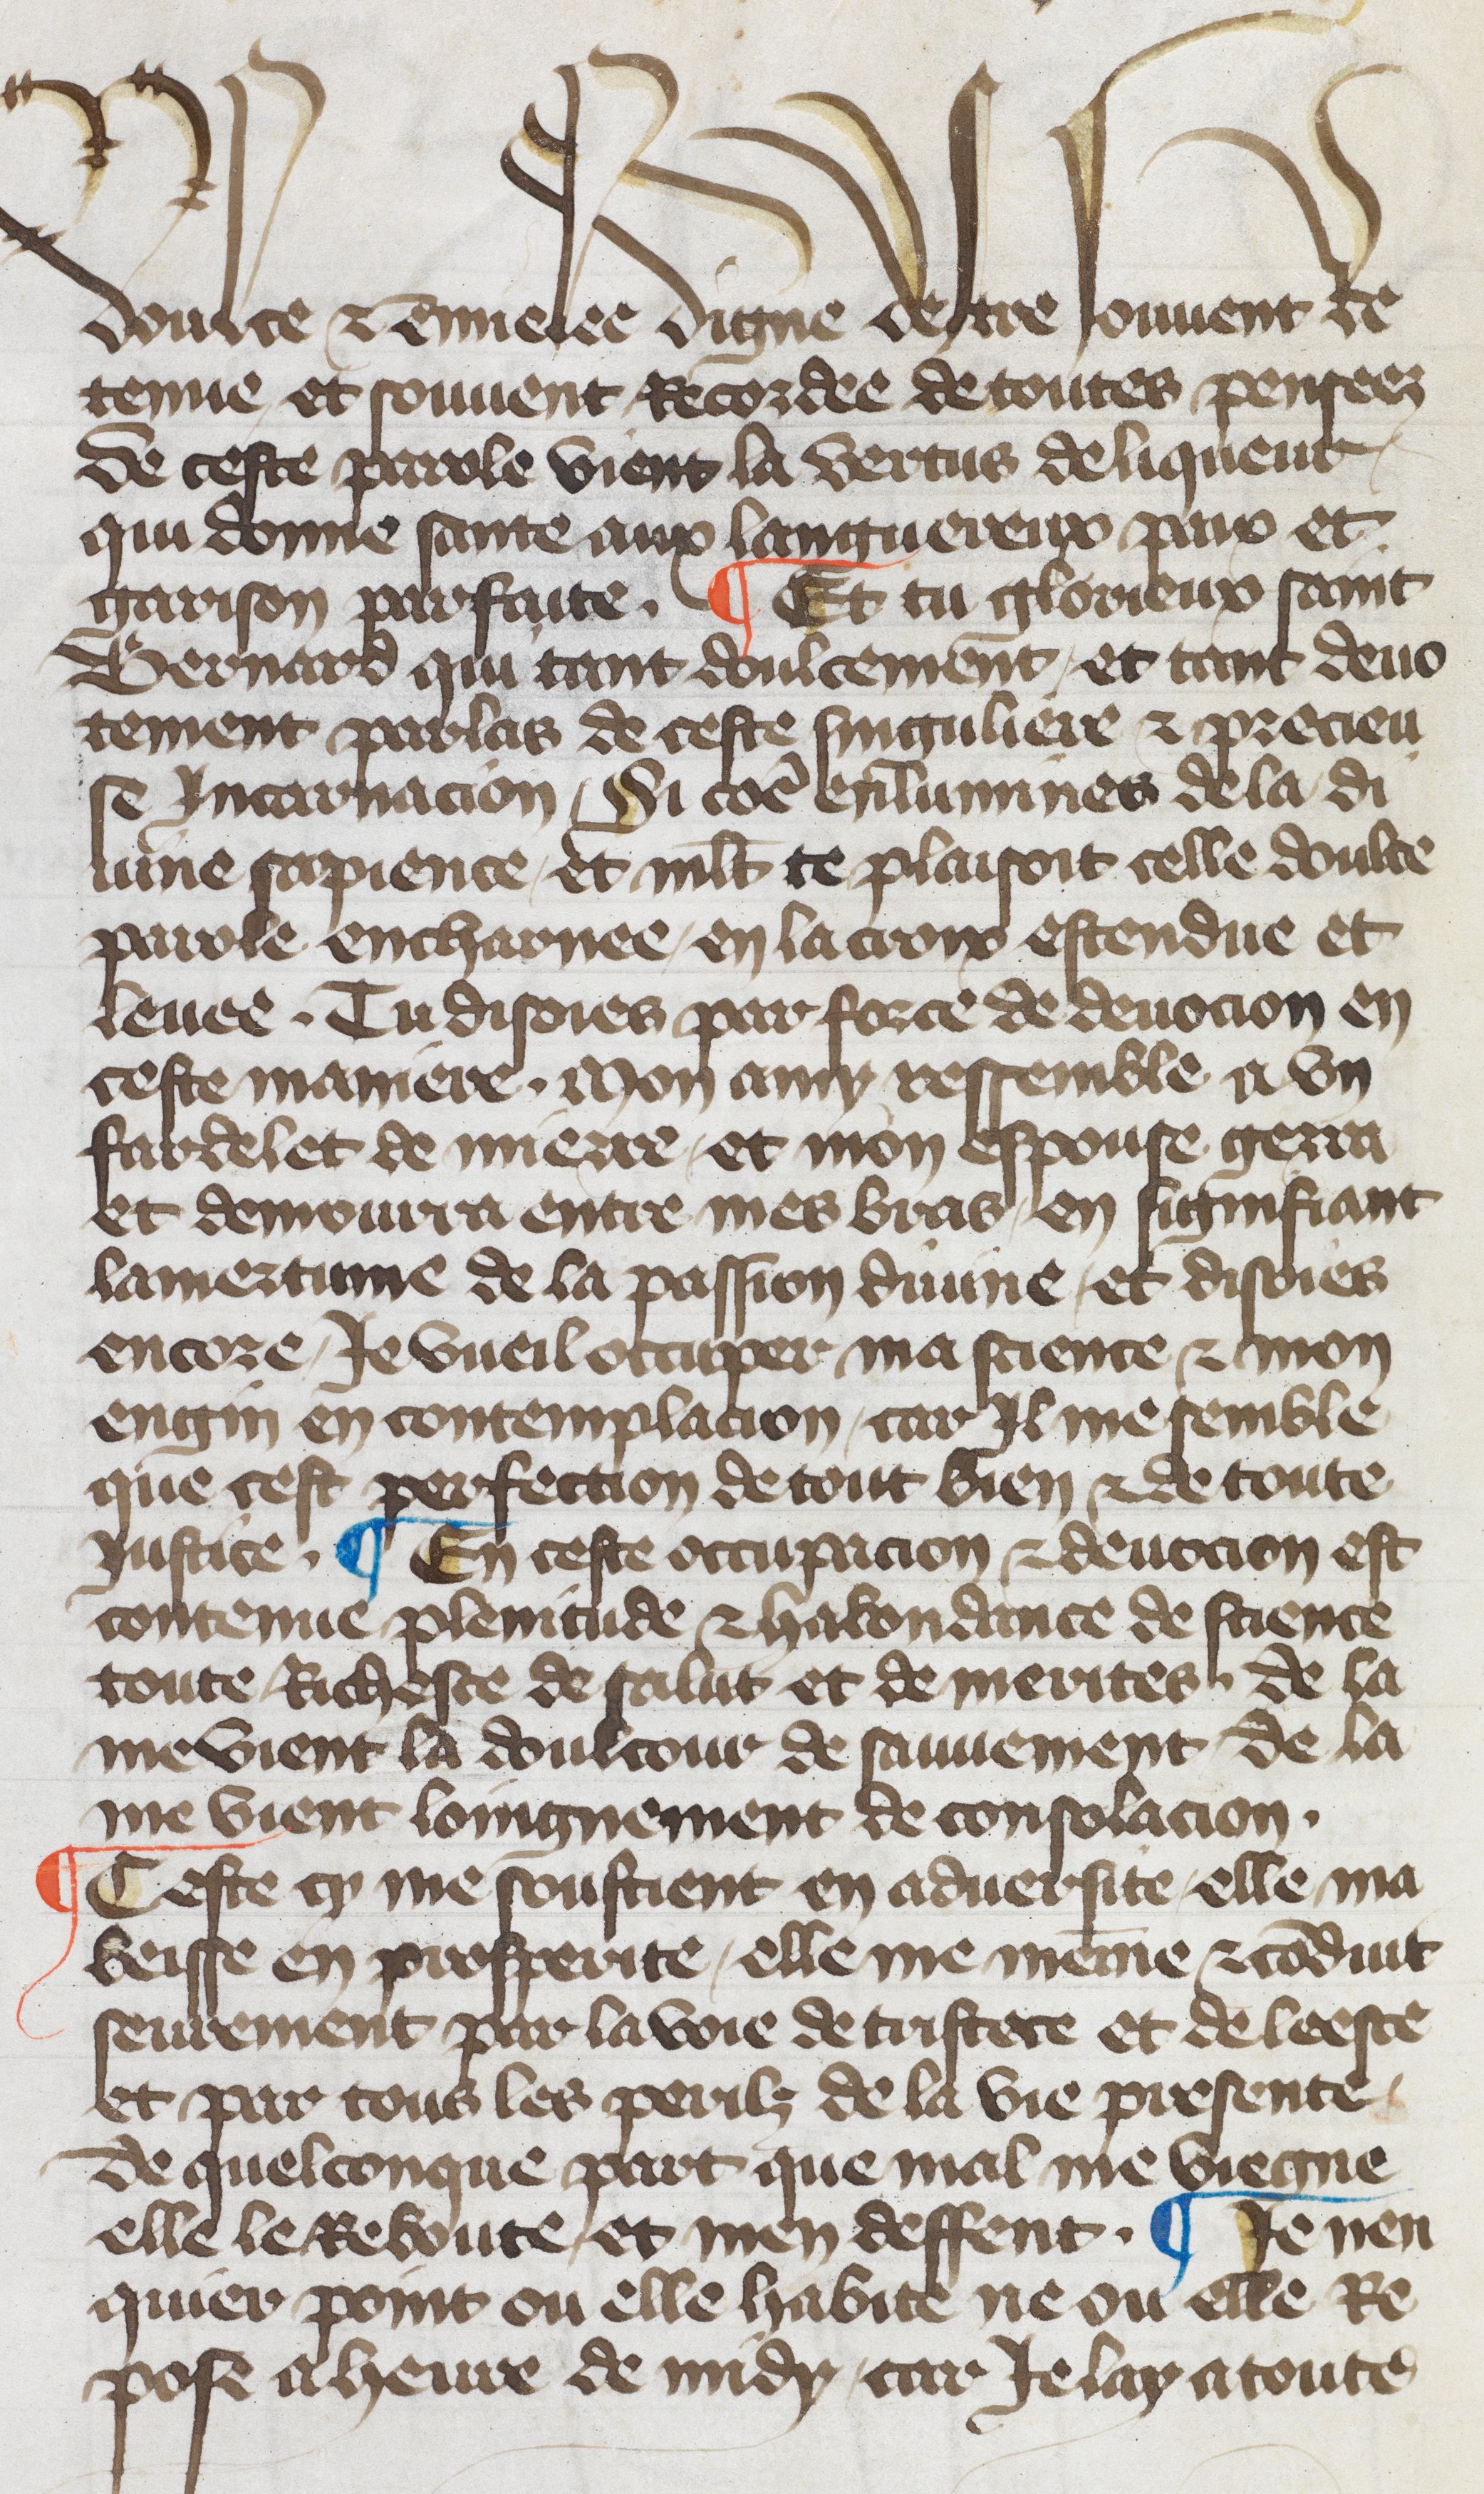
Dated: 1417–1417